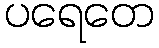
ပရေတေ